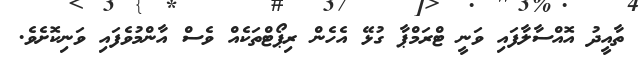
ތާއީދު އޮއްސާލާފައި ވަނީ ޓްރަމްޕާ ގުޅޭ އެހެން ރިޕޯޓްތަކެއް ވެސް އާންމުވެފައި ވަނިކޮށެވެ.